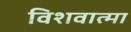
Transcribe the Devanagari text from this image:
विशवात्मा